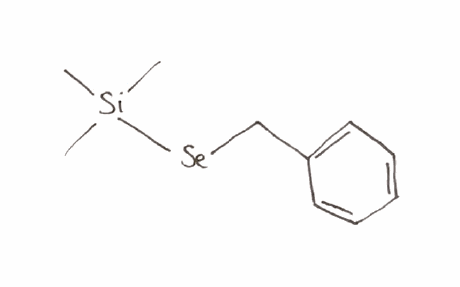
Simplified molecular-input line-entry system (SMILES) notation of the given molecule:
C[Si](C)(C)[Se]CC1=CC=CC=C1